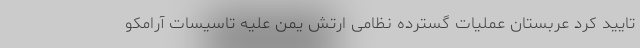
تایید کرد عربستان عملیات گسترده نظامی ارتش یمن علیه تاسیسات آرامکو